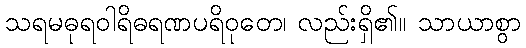
သရမဓုရဝါရိဓရဏပရိဝုတေ၊ လည်းရှိ၏။ သာယာစွာ